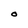
Character: O